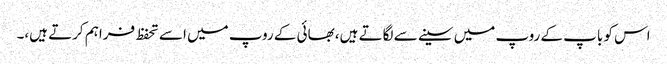
اس کو باپ کے روپ میں سینے سے لگاتے ہیں، بھائی کے روپ میں اسے تحفظ فراہم کرتے ہیں،۔